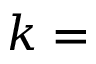
k =